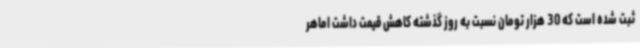
ثبت شده است که 30 هزار تومان نسبت به روز گذشته کاهش قیمت داشت اماهر